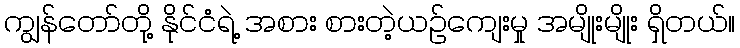
ကျွန်တော်တို့ နိုင်ငံရဲ့ အစား စားတဲ့ယဉ်ကျေးမှု အမျိုးမျိုး ရှိတယ်။